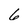
Character: 6